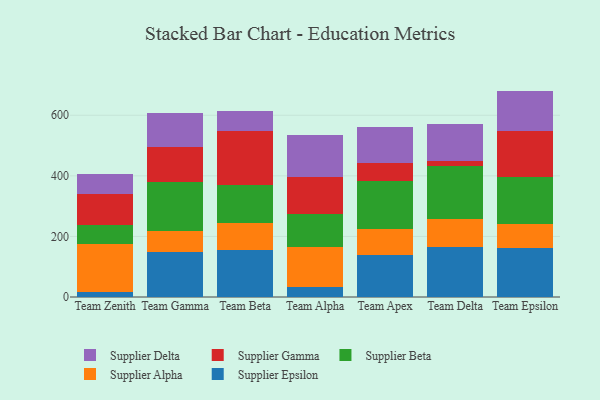
{"axis": {"x": "Team", "y": "Revenue (USD Million)"}, "legend": ["Supplier Alpha", "Supplier Beta", "Supplier Delta", "Supplier Epsilon", "Supplier Gamma"], "data": [{"x": "Team Zenith", "y": 15.3, "type": "Supplier Epsilon"}, {"x": "Team Zenith", "y": 160.1, "type": "Supplier Alpha"}, {"x": "Team Zenith", "y": 63.1, "type": "Supplier Beta"}, {"x": "Team Zenith", "y": 102.6, "type": "Supplier Gamma"}, {"x": "Team Zenith", "y": 65.7, "type": "Supplier Delta"}, {"x": "Team Gamma", "y": 148.1, "type": "Supplier Epsilon"}, {"x": "Team Gamma", "y": 68.7, "type": "Supplier Alpha"}, {"x": "Team Gamma", "y": 162.4, "type": "Supplier Beta"}, {"x": "Team Gamma", "y": 117.1, "type": "Supplier Gamma"}, {"x": "Team Gamma", "y": 110.8, "type": "Supplier Delta"}, {"x": "Team Beta", "y": 154.8, "type": "Supplier Epsilon"}, {"x": "Team Beta", "y": 89.0, "type": "Supplier Alpha"}, {"x": "Team Beta", "y": 125.8, "type": "Supplier Beta"}, {"x": "Team Beta", "y": 179.8, "type": "Supplier Gamma"}, {"x": "Team Beta", "y": 64.4, "type": "Supplier Delta"}, {"x": "Team Alpha", "y": 33.5, "type": "Supplier Epsilon"}, {"x": "Team Alpha", "y": 130.5, "type": "Supplier Alpha"}, {"x": "Team Alpha", "y": 110.2, "type": "Supplier Beta"}, {"x": "Team Alpha", "y": 121.4, "type": "Supplier Gamma"}, {"x": "Team Alpha", "y": 138.0, "type": "Supplier Delta"}, {"x": "Team Apex", "y": 137.2, "type": "Supplier Epsilon"}, {"x": "Team Apex", "y": 87.6, "type": "Supplier Alpha"}, {"x": "Team Apex", "y": 158.8, "type": "Supplier Beta"}, {"x": "Team Apex", "y": 58.0, "type": "Supplier Gamma"}, {"x": "Team Apex", "y": 120.6, "type": "Supplier Delta"}, {"x": "Team Delta", "y": 166.5, "type": "Supplier Epsilon"}, {"x": "Team Delta", "y": 91.4, "type": "Supplier Alpha"}, {"x": "Team Delta", "y": 175.2, "type": "Supplier Beta"}, {"x": "Team Delta", "y": 16.5, "type": "Supplier Gamma"}, {"x": "Team Delta", "y": 122.4, "type": "Supplier Delta"}, {"x": "Team Epsilon", "y": 160.2, "type": "Supplier Epsilon"}, {"x": "Team Epsilon", "y": 81.2, "type": "Supplier Alpha"}, {"x": "Team Epsilon", "y": 153.2, "type": "Supplier Beta"}, {"x": "Team Epsilon", "y": 153.1, "type": "Supplier Gamma"}, {"x": "Team Epsilon", "y": 132.9, "type": "Supplier Delta"}]}